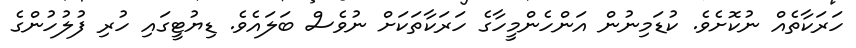
ހަރަކާތެއް ނުކޮށެވެ. ކުޑަމިނުން އަންހެންމީހާގެ ހަރަކާތަކަށް ނުވެސް ބަލައެވެ. ޑިޔުޓީގައި ހުރި ފުލުހުންގެ